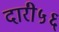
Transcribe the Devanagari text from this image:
दारी५६